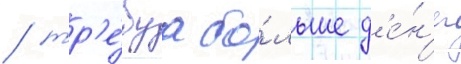
/ тр'е́буа бо́льше д'е́н'ег